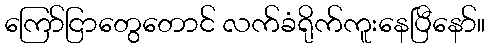
ကြော်ငြာတွေတောင် လက်ခံရိုက်ကူးနေပြီနော်။